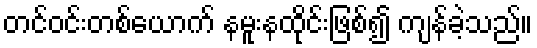
တင်ဝင်းတစ်ယောက် နမူးနထိုင်းဖြစ်၍ ကျန်ခဲ့သည်။